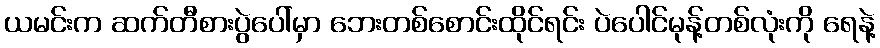
ယမင်းက ဆက်တီစားပွဲပေါ်မှာ ဘေးတစ်စောင်းထိုင်ရင်း ပဲပေါင်မုန့်တစ်လုံးကို ရေနဲ့